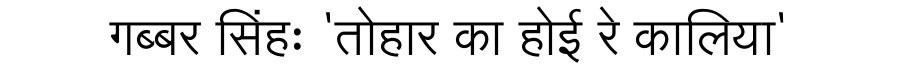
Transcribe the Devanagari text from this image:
गब्बर सिंहः 'तोहार का होई रे कालिया'